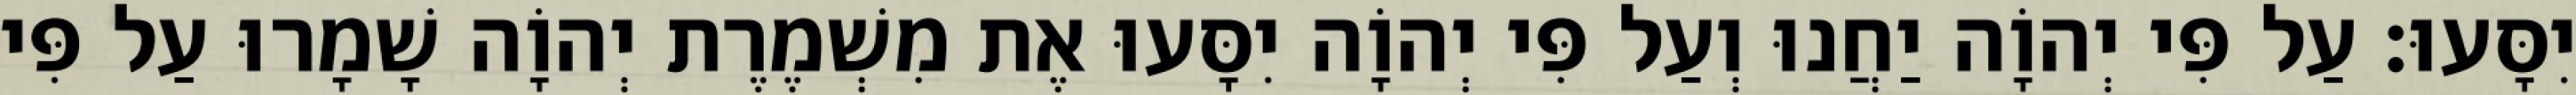
יִסָּעוּ׃ עַל פִּי יְהוָֹה יַחֲנוּ וְעַל פִּי יְהוָֹה יִסָּעוּ אֶת מִשְׁמֶרֶת יְהוָֹה שָׁמָרוּ עַל פִּי